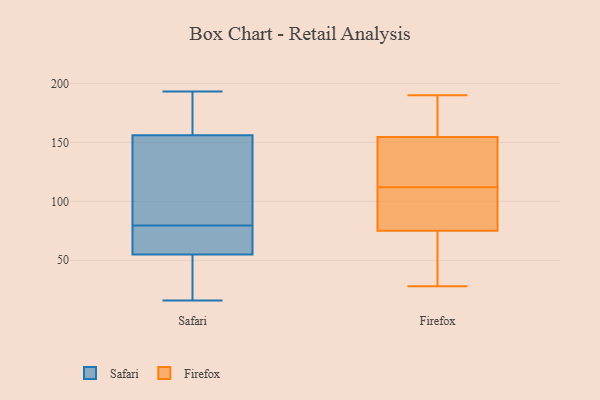
{"axis": {"x": "LTV (USD)", "y": "Value"}, "legend": ["Firefox", "Safari"], "data": [{"x": "", "y": 172, "type": "Safari"}, {"x": "", "y": 175, "type": "Safari"}, {"x": "", "y": 193, "type": "Safari"}, {"x": "", "y": 16, "type": "Safari"}, {"x": "", "y": 68, "type": "Safari"}, {"x": "", "y": 111, "type": "Safari"}, {"x": "", "y": 156, "type": "Safari"}, {"x": "", "y": 182, "type": "Safari"}, {"x": "", "y": 30, "type": "Safari"}, {"x": "", "y": 55, "type": "Safari"}, {"x": "", "y": 66, "type": "Safari"}, {"x": "", "y": 91, "type": "Safari"}, {"x": "", "y": 154, "type": "Safari"}, {"x": "", "y": 109, "type": "Safari"}, {"x": "", "y": 63, "type": "Safari"}, {"x": "", "y": 16, "type": "Safari"}, {"x": "", "y": 61, "type": "Safari"}, {"x": "", "y": 31, "type": "Safari"}, {"x": "", "y": 141, "type": "Firefox"}, {"x": "", "y": 161, "type": "Firefox"}, {"x": "", "y": 148, "type": "Firefox"}, {"x": "", "y": 147, "type": "Firefox"}, {"x": "", "y": 111, "type": "Firefox"}, {"x": "", "y": 77, "type": "Firefox"}, {"x": "", "y": 84, "type": "Firefox"}, {"x": "", "y": 165, "type": "Firefox"}, {"x": "", "y": 28, "type": "Firefox"}, {"x": "", "y": 33, "type": "Firefox"}, {"x": "", "y": 190, "type": "Firefox"}, {"x": "", "y": 70, "type": "Firefox"}, {"x": "", "y": 113, "type": "Firefox"}, {"x": "", "y": 184, "type": "Firefox"}, {"x": "", "y": 73, "type": "Firefox"}, {"x": "", "y": 167, "type": "Firefox"}, {"x": "", "y": 82, "type": "Firefox"}, {"x": "", "y": 94, "type": "Firefox"}, {"x": "", "y": 57, "type": "Firefox"}, {"x": "", "y": 138, "type": "Firefox"}]}